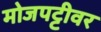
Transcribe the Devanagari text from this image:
मोजपट्टीवर